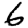
Digit: 6